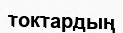
токтардың